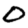
Digit: 0